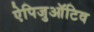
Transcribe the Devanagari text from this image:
ऐपिजुऑटिव